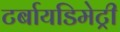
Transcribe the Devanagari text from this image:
टर्बायडिमेट्री